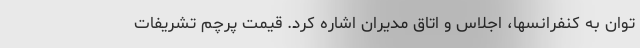
توان به کنفرانسها، اجلاس و اتاق مدیران اشاره کرد. قیمت پرچم تشریفات